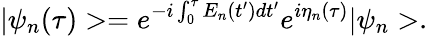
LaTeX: |\psi_{n}(\tau)>=e^{-i\int_{0}^{\tau}E_{n}(t^{\prime})dt^{\prime}}e^{i\eta_{n}(\tau)}|\psi_{n}>.